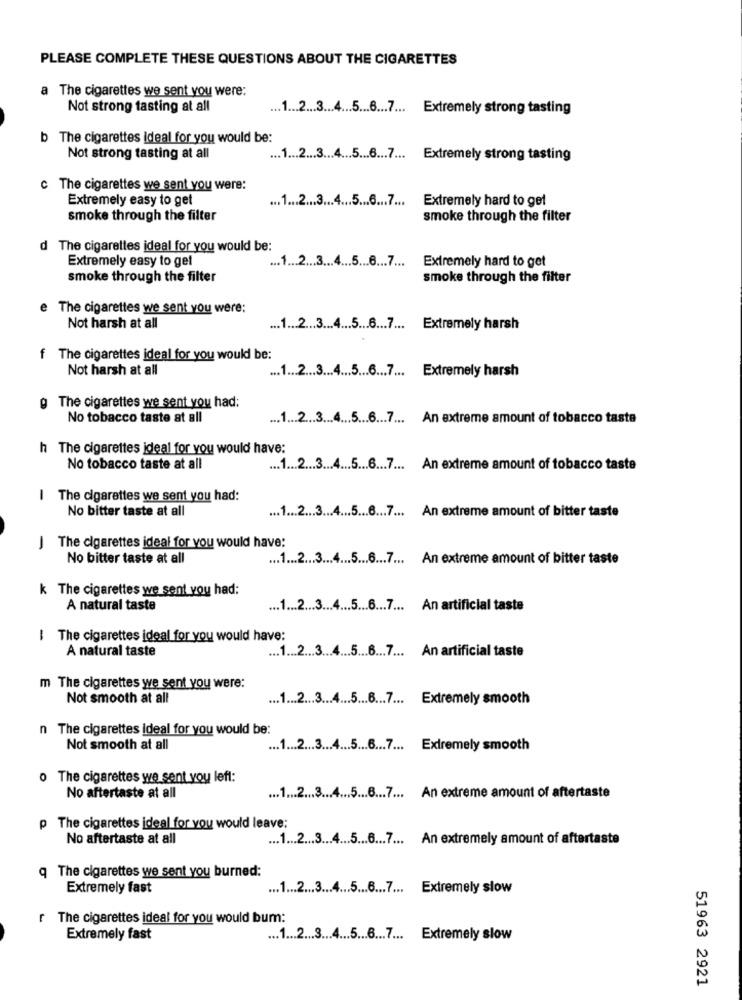
PLEASE COMPLETE THESE QUESTIONS ABOUT THE CIGARETTES
a The cigarettes we sent you were:
Not strong tasting at all
... 1 ... 2 ... 3 ... 4 ... 5 ....... 7 ... Extremely strong tasting
b The cigarettes Ideal for you would be:
Not strong tasting at all
... 1 ... 2 ... 3 ... 4 ... 5 ... 6 ... 7 ... Extremely strong tasting
c The cigarettes we sent you were:
Extremely easy to get
... 1 ... 2 ... 3 ... 4 ... 5 ... 6 ... 7 ... Extremely hard to get
smoke through the filter
smoke through the filter
d The cigarettes ideal for you would be:
Extremely easy to get
.1 ... 2 ... 3 ... 4 ... 5 ...... 7 ... Extremely hard to get
smoke through the filter
smoke through the filter
e The cigarettes we sent you were:
Not harsh at all
... 1 ... 2 ... 3 ... 4 ... 5 ...... 7 ... Extremely harsh
f The cigarettes ideal for you would be:
Not harsh at all
... 1 ... 2 ... 3 ... 4 ... 5 ... 6 ... 7 ... Extremely harsh
9 The cigarettes we sent you had:
No tobacco taste at all
... 1 ... 2 ... 3 ... 4 ... 5 ... 6 ... 7 ... An extreme amount of tobacco taste
h The cigarettes ideal for you would have:
No tobacco taste at all
... 1 ... 2 ... 3 ... 4 ... 5 ... 6 ... 7 ... An extreme amount of tobacco taste
I The cigarettes we sent you had:
No bitter taste at all
... 1 ... 2 ... 3 ... 4 ... 5 ....... 7 ... An extreme amount of bitter taste
J The cigarettes ideal for you would have:
No bitter taste at all
... 1 ... 2 ... 3 ... 4 ... 5 ...... 7 ... An extreme amount of bitter taste
k The cigarettes we sent you had:
A natural taste
... 1 ... 2 ... 3 ... 4 ... 5 ... 6 ... 7 ... An artificial taste
| The cigarettes ideal for you would have:
A natural taste
... 1 ... 2 ... 3 ... 4 ........... 7 ... An artificial taste
m The cigarettes we sent you were:
Not smooth at all
... 1 ... 2 ... 3 ... 4 ... 5 ....... 7 ... Extremely smooth
n The cigarettes Ideal for you would be:
Not smooth at all
... 1 ... 2 ... 3 ... 4 ........... 7 ... Extremely smooth
o The cigarettes we sent you left:
No aftertaste at all
... 1 ... 2 ... 3 ... 4 ... 5 ........... An extreme amount of aftertaste
p The cigarettes ideal for you would leave:
No aftertaste at all
... 1 ... 2 ....... 4 ... 5 ....... 7 ... An extremely amount of aftertaste
q The cigarettes we sent you burned:
Extremely fast
... 1 ... 2 ... 3 ... 4 ... 5 ....... 7 ... Extremely slow
The cigarettes ideal for you would bum:
Extremely fast
... 1 ... 2 ....... 4 ... 5 ... 6 ... 7 ... Extremely slow
51963 2921